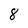
Character: 8